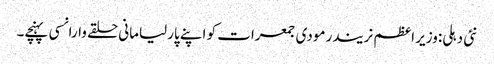
نئی دہلی:وزیر اعظم نریندر مودی جمعرات کو اپنے پارلیامانی حلقے وارانسی پہنچے۔